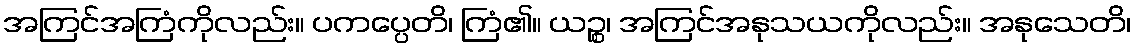
အကြင်အကြံကိုလည်း။ ပကပ္ပေတိ၊ ကြံ၏။ ယဉ္စ၊ အကြင်အနုသယကိုလည်း။ အနုသေတိ၊